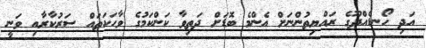
އަދި ހޯނޑެއްދޫގެ ރައްޔިތުންނަށް އެންމެ ބޮޑަށް ދަތިވާ ކަންކަމުގެ ވާހަކަތައް ސަރުކާރާއި ވަނީ